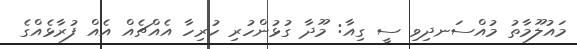
މައުލޫމާތު މުއްސަނދިވި ސީ ގިއާ: މޫދާ ގުޅުންހުރި ހުރިހާ އެއްޗެއް އެއް ފުރާޅެއްގެ